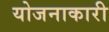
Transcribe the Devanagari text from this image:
योजनाकारी